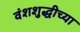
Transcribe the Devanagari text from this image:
वंशशुद्धीच्या